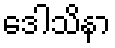
ဒေါသိနာ